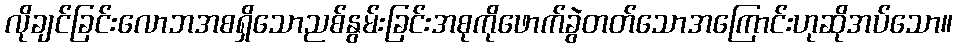
လိုချင်ခြင်းလောဘအစရှိသောညစ်နွမ်းခြင်းအစုကိုဖောက်ခွဲတတ်သောအကြောင်းဟုဆိုအပ်သော။